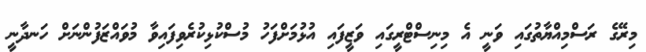
މިރޭގެ ރަސްމިއްޔާތުގައި ވަނީ އެ މިނިސްޓްރީގައި ވަޒީފައި އުޅުމަށްފަހު މުސްކުޅިކުރެވިފައިވާ މުވައްޒަފުންނަށް ހަނދާނީ